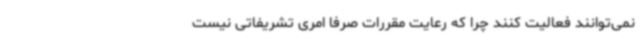
نمی‌توانند فعالیت کنند چرا که رعایت مقررات صرفا امری تشریفاتی نیست